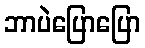
ဘာပဲပြောပြော